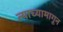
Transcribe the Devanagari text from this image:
त्याच्यामागून